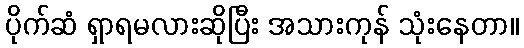
ပိုက်ဆံ ရှာရမလားဆိုပြီး အသားကုန် သုံးနေတာ။